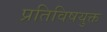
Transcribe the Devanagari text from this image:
प्रतिविषयुक्त